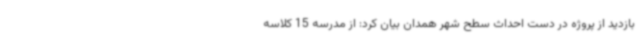
بازدید از پروژه در دست احداث سطح شهر همدان بیان کرد: از مدرسه 15 کلاسه